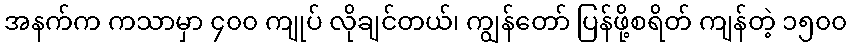
အနက်က ကသာမှာ ၄၀၀ ကျုပ် လိုချင်တယ်၊ ကျွန်တော် ပြန်ဖို့စရိတ် ကျန်တဲ့ ၁၅၀၀